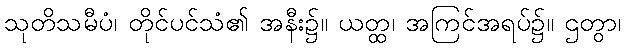
သုတိသမီပံ၊ တိုင်ပင်သံ၏ အနီး၌။ ယတ္ထ၊ အကြင်အရပ်၌။ ဌတွာ၊